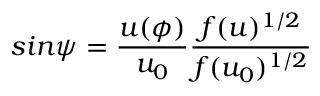
s i n \psi = \frac { u ( \phi ) } { u _ { 0 } } \frac { f ( u ) ^ { 1 / 2 } } { f ( u _ { 0 } ) ^ { 1 / 2 } }